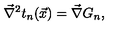
\vec { \nabla } ^ { 2 } t _ { n } ( \vec { x } ) = \vec { \nabla } G _ { n } ,